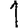
Digit: 1